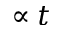
\propto t